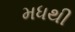
મધથી